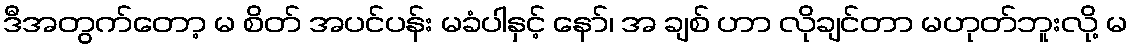
ဒီအတွက်တော့ မ စိတ် အပင်ပန်း မခံပါနှင့် နော်၊ အ ချစ် ဟာ လိုချင်တာ မဟုတ်ဘူးလို့ မ